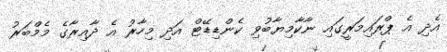
އެދި އެ ޕްރައިމަރީގައި ނާކާމިޔާބުވި ކެންޑިޑޭޓް އަދި މިހާރު އެ ދާއިރާގެ މެމްބަރު